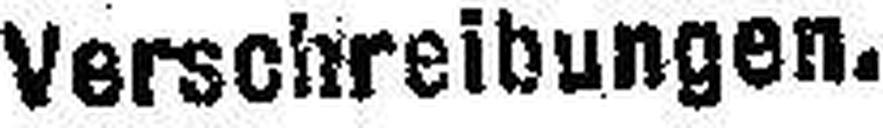
Verschreibungen.